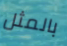
بالمثل